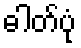
ဓါတ်ပုံ